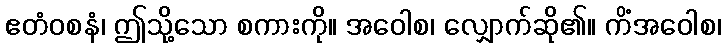
ဧတံဝစနံ၊ ဤသို့သော စကားကို။ အဝေါစ၊ လျှောက်ဆို၏။ ကိံအဝေါစ၊